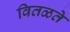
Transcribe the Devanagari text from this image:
वितळते